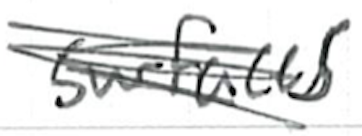
Text: surfaces
Cross-out: scratch
Writing tool: ballpoint